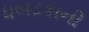
ધબડકાની